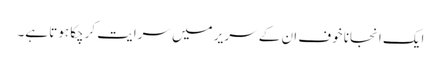
ایک انجانا خوف ان کے سر یر میں سرایت کرچکا ہوتا ہے۔